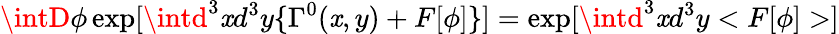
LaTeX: \intD\phi\exp[\intd^{3}\mathit{x}d^{3}y\{ \Gamma^{0}(\mathit{x},y)+F[\phi]\} ]=\exp[\intd^{3}\mathit{x}d^{3}y<F[\phi]>]